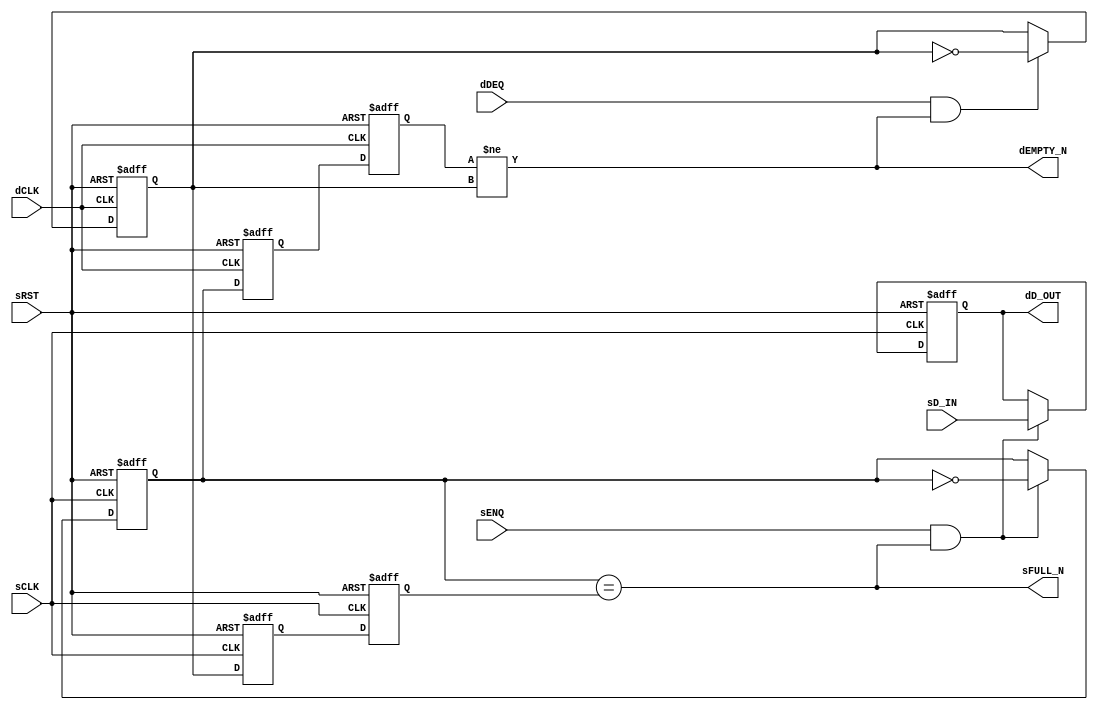

`ifdef BSV_ASSIGNMENT_DELAY
`else
  `define BSV_ASSIGNMENT_DELAY
`endif

`ifdef BSV_POSITIVE_RESET
  `define BSV_RESET_VALUE 1'b1
  `define BSV_RESET_EDGE posedge
`else
  `define BSV_RESET_VALUE 1'b0
  `define BSV_RESET_EDGE negedge
`endif


// A clock synchronization FIFO where the enqueue and dequeue sides are in
// different clock domains.
// The depth of the FIFO is strictly 1 element.   Implementation uses only
// 1 register to minimize hardware
// There are no restrictions w.r.t. clock frequencies
// FULL and EMPTY signal are pessimistic, that is, they are asserted
// immediately when the FIFO becomes FULL or EMPTY, but their deassertion
// is delayed due to synchronization latency.
module SyncFIFO1(
                 sCLK,
                 sRST,
                 dCLK,
                 sENQ,
                 sD_IN,
                 sFULL_N,
                 dDEQ,
                 dD_OUT,
                 dEMPTY_N
                 ) ;

   parameter                 dataWidth = 1 ;

   // input clock domain ports
   input                     sCLK ;
   input                     sRST ;
   input                     sENQ ;
   input [dataWidth -1 : 0]  sD_IN ;
   output                    sFULL_N ;

   // destination clock domain ports
   input                     dCLK ;
   input                     dDEQ ;
   output                    dEMPTY_N ;
   output [dataWidth -1 : 0] dD_OUT ;

   // FIFO DATA
   reg [dataWidth -1 : 0]    syncFIFO1Data ;

   // Reset generation
   wire                      dRST = sRST;

   // sCLK registers
   reg                       sEnqToggle,  sDeqToggle, sSyncReg1;
   // dCLK registers
   reg                       dEnqToggle,  dDeqToggle, dSyncReg1;

   // output assignment
   assign dD_OUT = syncFIFO1Data;
   assign dEMPTY_N = dEnqToggle != dDeqToggle;
   assign sFULL_N  = sEnqToggle == sDeqToggle;

   always @(posedge sCLK or `BSV_RESET_EDGE sRST) begin
      if (sRST == `BSV_RESET_VALUE) begin
         syncFIFO1Data <= `BSV_ASSIGNMENT_DELAY  {dataWidth {1'b0}};
         sEnqToggle    <= `BSV_ASSIGNMENT_DELAY  1'b0;
         sSyncReg1     <= `BSV_ASSIGNMENT_DELAY  1'b0;
         sDeqToggle    <= `BSV_ASSIGNMENT_DELAY  1'b1; // FIFO marked as full during reset
      end
      else begin
         if (sENQ && (sEnqToggle == sDeqToggle)) begin
            syncFIFO1Data <= `BSV_ASSIGNMENT_DELAY sD_IN;
            sEnqToggle    <= `BSV_ASSIGNMENT_DELAY ! sEnqToggle;
         end
         sSyncReg1  <= `BSV_ASSIGNMENT_DELAY dDeqToggle; // clock domain crossing
         sDeqToggle <= `BSV_ASSIGNMENT_DELAY sSyncReg1;
      end
   end

   always @(posedge dCLK or `BSV_RESET_EDGE dRST) begin
      if (dRST == `BSV_RESET_VALUE) begin
         dEnqToggle    <= `BSV_ASSIGNMENT_DELAY  1'b0;
         dSyncReg1     <= `BSV_ASSIGNMENT_DELAY  1'b0;
         dDeqToggle    <= `BSV_ASSIGNMENT_DELAY  1'b0;
      end
      else begin
         if (dDEQ && (dEnqToggle != dDeqToggle)) begin
            dDeqToggle    <= `BSV_ASSIGNMENT_DELAY ! dDeqToggle;
         end
         dSyncReg1  <= `BSV_ASSIGNMENT_DELAY sEnqToggle; // clock domain crossing
         dEnqToggle <= `BSV_ASSIGNMENT_DELAY dSyncReg1;
      end
   end

`ifdef BSV_NO_INITIAL_BLOCKS
`else // not BSV_NO_INITIAL_BLOCKS
   // synopsys translate_off
   initial begin : initBlock
      syncFIFO1Data = {((dataWidth + 1)/2){2'b10}} ;
      sEnqToggle = 1'b0;
      sDeqToggle = 1'b0;
      sSyncReg1 = 1'b0;

      dEnqToggle = 1'b0;
      dDeqToggle = 1'b0;
      dSyncReg1 = 1'b0;
   end
   // synopsys translate_on
`endif // !`ifdef BSV_NO_INITIAL_BLOCKS

   // synopsys translate_off
   always@(posedge sCLK)
     begin: error_checks1
        reg enqerror ;
        enqerror = 0;
        if (sRST == ! `BSV_RESET_VALUE)
          begin
             if ( sENQ && (sEnqToggle != sDeqToggle)) begin
                enqerror = 1;
                $display( "Warning: SyncFIFO1: %m -- Enqueuing to a full fifo" ) ;
             end
          end
     end

   always@(posedge dCLK)
     begin: error_checks2
        reg deqerror ;
        deqerror = 0;
        if (dRST == ! `BSV_RESET_VALUE)
          begin
             if ( dDEQ && (dEnqToggle == dDeqToggle)) begin
                deqerror = 1;
                $display( "Warning: SyncFIFO1: %m -- Dequeuing from an empty full fifo" ) ;
             end
          end
     end // block: error_checks
   // synopsys translate_on

endmodule